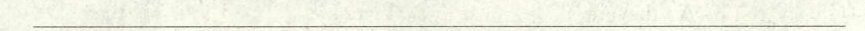
___